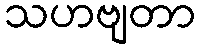
သဟဗျတာ